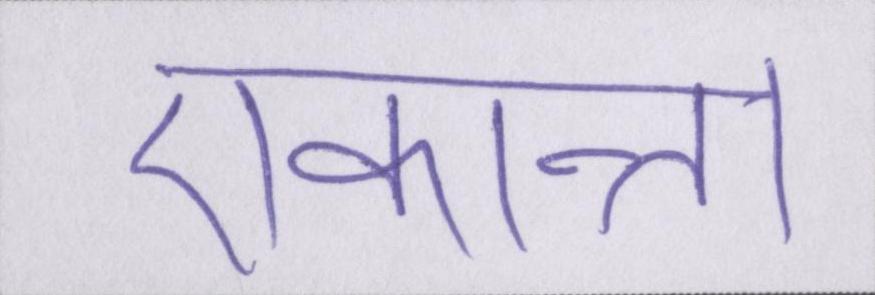
एकान्त।